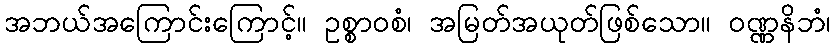
အဘယ်အကြောင်းကြောင့်။ ဥစ္စာဝစံ၊ အမြတ်အယုတ်ဖြစ်သော။ ဝဏ္ဏနိဘံ၊